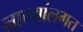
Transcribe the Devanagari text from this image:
नाल्यांलगत